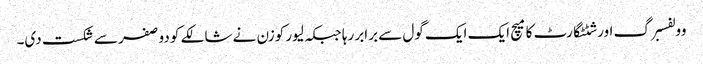
وولفسبرگ اور شٹٹگارٹ کا میچ ایک ایک گول سے برابر رہا جبکہ لیور کوزن نے شالکے کو دو صفر سے شکست دی۔